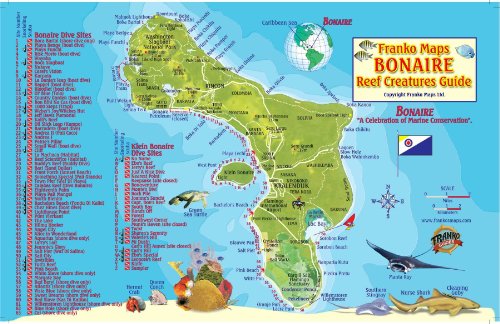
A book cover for Bonaire Dive Map & Reef Creatures Guide Franko Maps Laminated Fish Card; Franko Maps Ltd.; Travel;